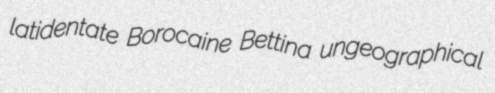
latidentate Borocaine Bettina ungeographical